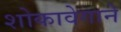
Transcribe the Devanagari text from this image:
शोकावेगाने